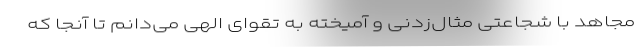
مجاهد با شجاعتی مثال‌زدنی و آمیخته به تقوای الهی می‌دانم تا آنجا که